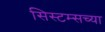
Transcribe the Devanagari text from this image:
सिस्टम्सच्या